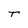
Character: T